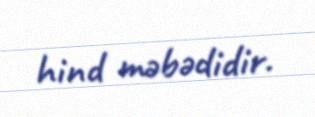
hind məbədidir.